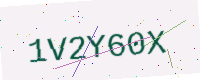
Text: 1V2Y60X